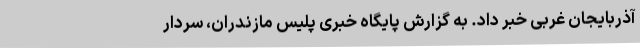
آذربایجان غربی خبر داد. به گزارش پایگاه خبری پلیس مازندران، سردار